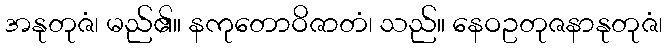
အနုတုဇံ၊ မည်၏။ နကုတောဝိဇာတံ၊ သည်။ နေဝဥတုဇနာနုတုဇံ၊